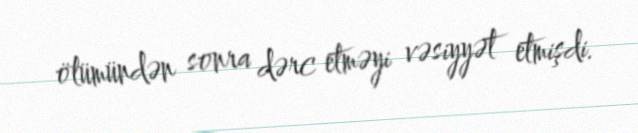
ölümündən sonra dərc etməyi vəsiyyət etmişdi.